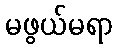
မဖွယ်မရာ